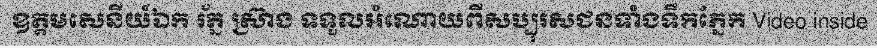
ឧត្តមសេនីយ៍ឯក រ័ត្ន ស្រ៊ាង ទទួលអំណោយពីសប្បុរសជនទាំងទឹកភ្នែក Video inside